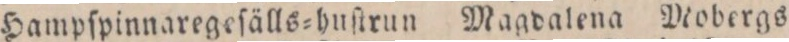
Hampſpinnaregeſälls=huſtrun Magdalena Mobergs